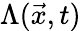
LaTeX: \Lambda({\vec{x}},t)